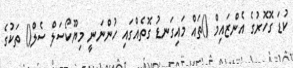
ކުޑަ ގޮހޮރުގެ އެންޒައިމް ()ތައް މައިގަނޑު ގޮތެއްގައި ހުންނަނީ މިޔޫކޯސަލް ސެލް() ތަކުގެ